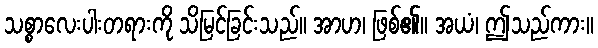
သစ္စာလေးပါးတရားကို သိမြင်ခြင်းသည်။ အာဟ၊ ဖြစ်၏။ အယံ၊ ဤသည်ကား။